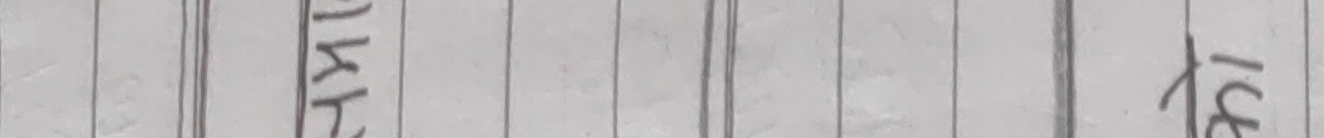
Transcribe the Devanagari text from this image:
त्ये टि